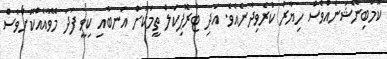
ކޮމްބިނޭޝަނެއްވެސް ހިޔާރު ކުރެވިދާނެއެވެ. އަދި ޓްރޮޕިކަލް ތީމަކަށް އަނބާއި ކިވީ ފަދަ މޭވާއެއްކޮށްވެސް